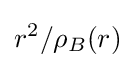
r^{2}/\rho _{B}(r)